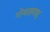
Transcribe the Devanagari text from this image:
गोजाइमासु